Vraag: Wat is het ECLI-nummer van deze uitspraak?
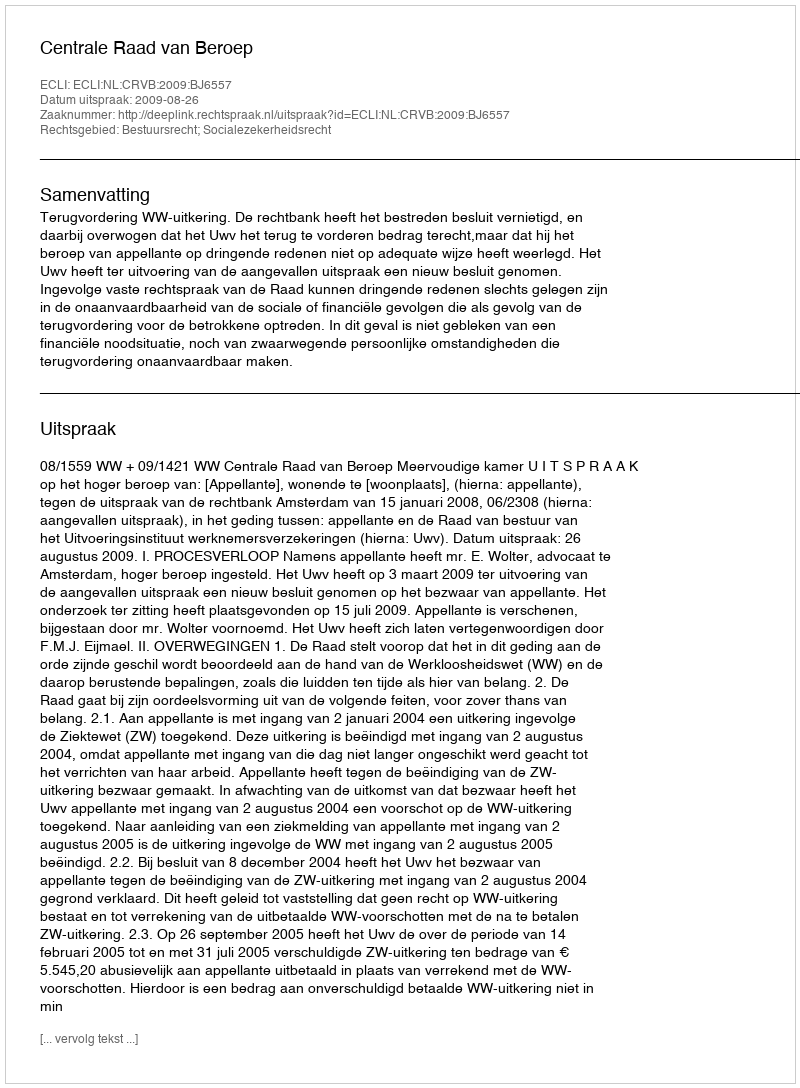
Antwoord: ECLI:NL:CRVB:2009:BJ6557